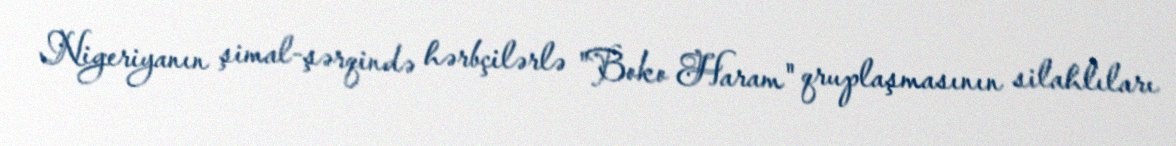
Nigeriyanın şimal-şərqində hərbçilərlə "Boko Haram" qruplaşmasının silahlıları